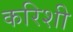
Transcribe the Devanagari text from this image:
करिशी